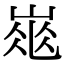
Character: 𡹽